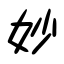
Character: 妙